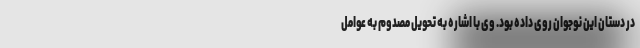
در دستان این نوجوان روی داده بود. وی با اشاره به تحویل مصدوم به عوامل